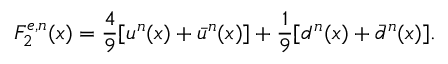
F _ { 2 } ^ { e , n } ( x ) = \frac { 4 } { 9 } [ u ^ { n } ( x ) + \bar { u } ^ { n } ( x ) ] + \frac { 1 } { 9 } [ d ^ { n } ( x ) + \bar { d } ^ { n } ( x ) ] .